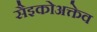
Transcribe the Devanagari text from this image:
सैइकोअक्तेव